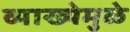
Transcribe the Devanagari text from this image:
व्याख्येमुळे